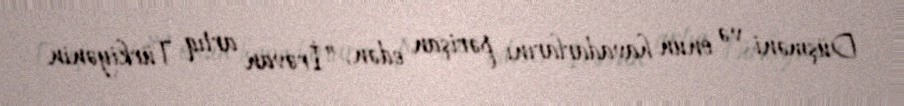
Düşməni və onun havadarlarını pərişan edən, ”İrəvan artıq Türkiyənin